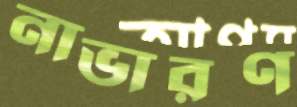
নাভারণ